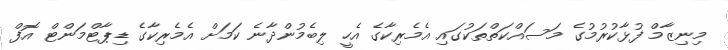
މިނިޒާމް ފުޅާކުރުމުގެ މަސައްކަތްތަކުގައި އެމެރިކާގެ އެހީ ލިބެމުންދާނެ ކަމަށް އެމެރިކާގެ ޑިޕާޓްމަންޓް އޮފް